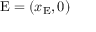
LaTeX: \mathrm { E } = ( x _ { \mathrm { E } } , 0 )